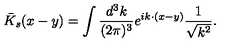
{ \bar { K } } _ { s } ( x - y ) = \int \frac { d ^ { 3 } k } { ( 2 \pi ) ^ { 3 } } e ^ { i k \cdot ( x - y ) } \frac { 1 } { \sqrt { k ^ { 2 } } } .